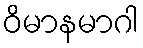
ဝိမာနမာဂါ